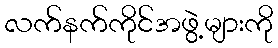
လက်နက်ကိုင်အဖွဲ့များကို